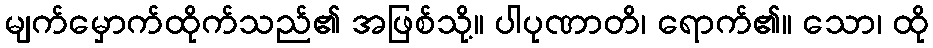
မျက်မှောက်ထိုက်သည်၏ အဖြစ်သို့။ ပါပုဏာတိ၊ ရောက်၏။ သော၊ ထို